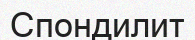
Спондилит